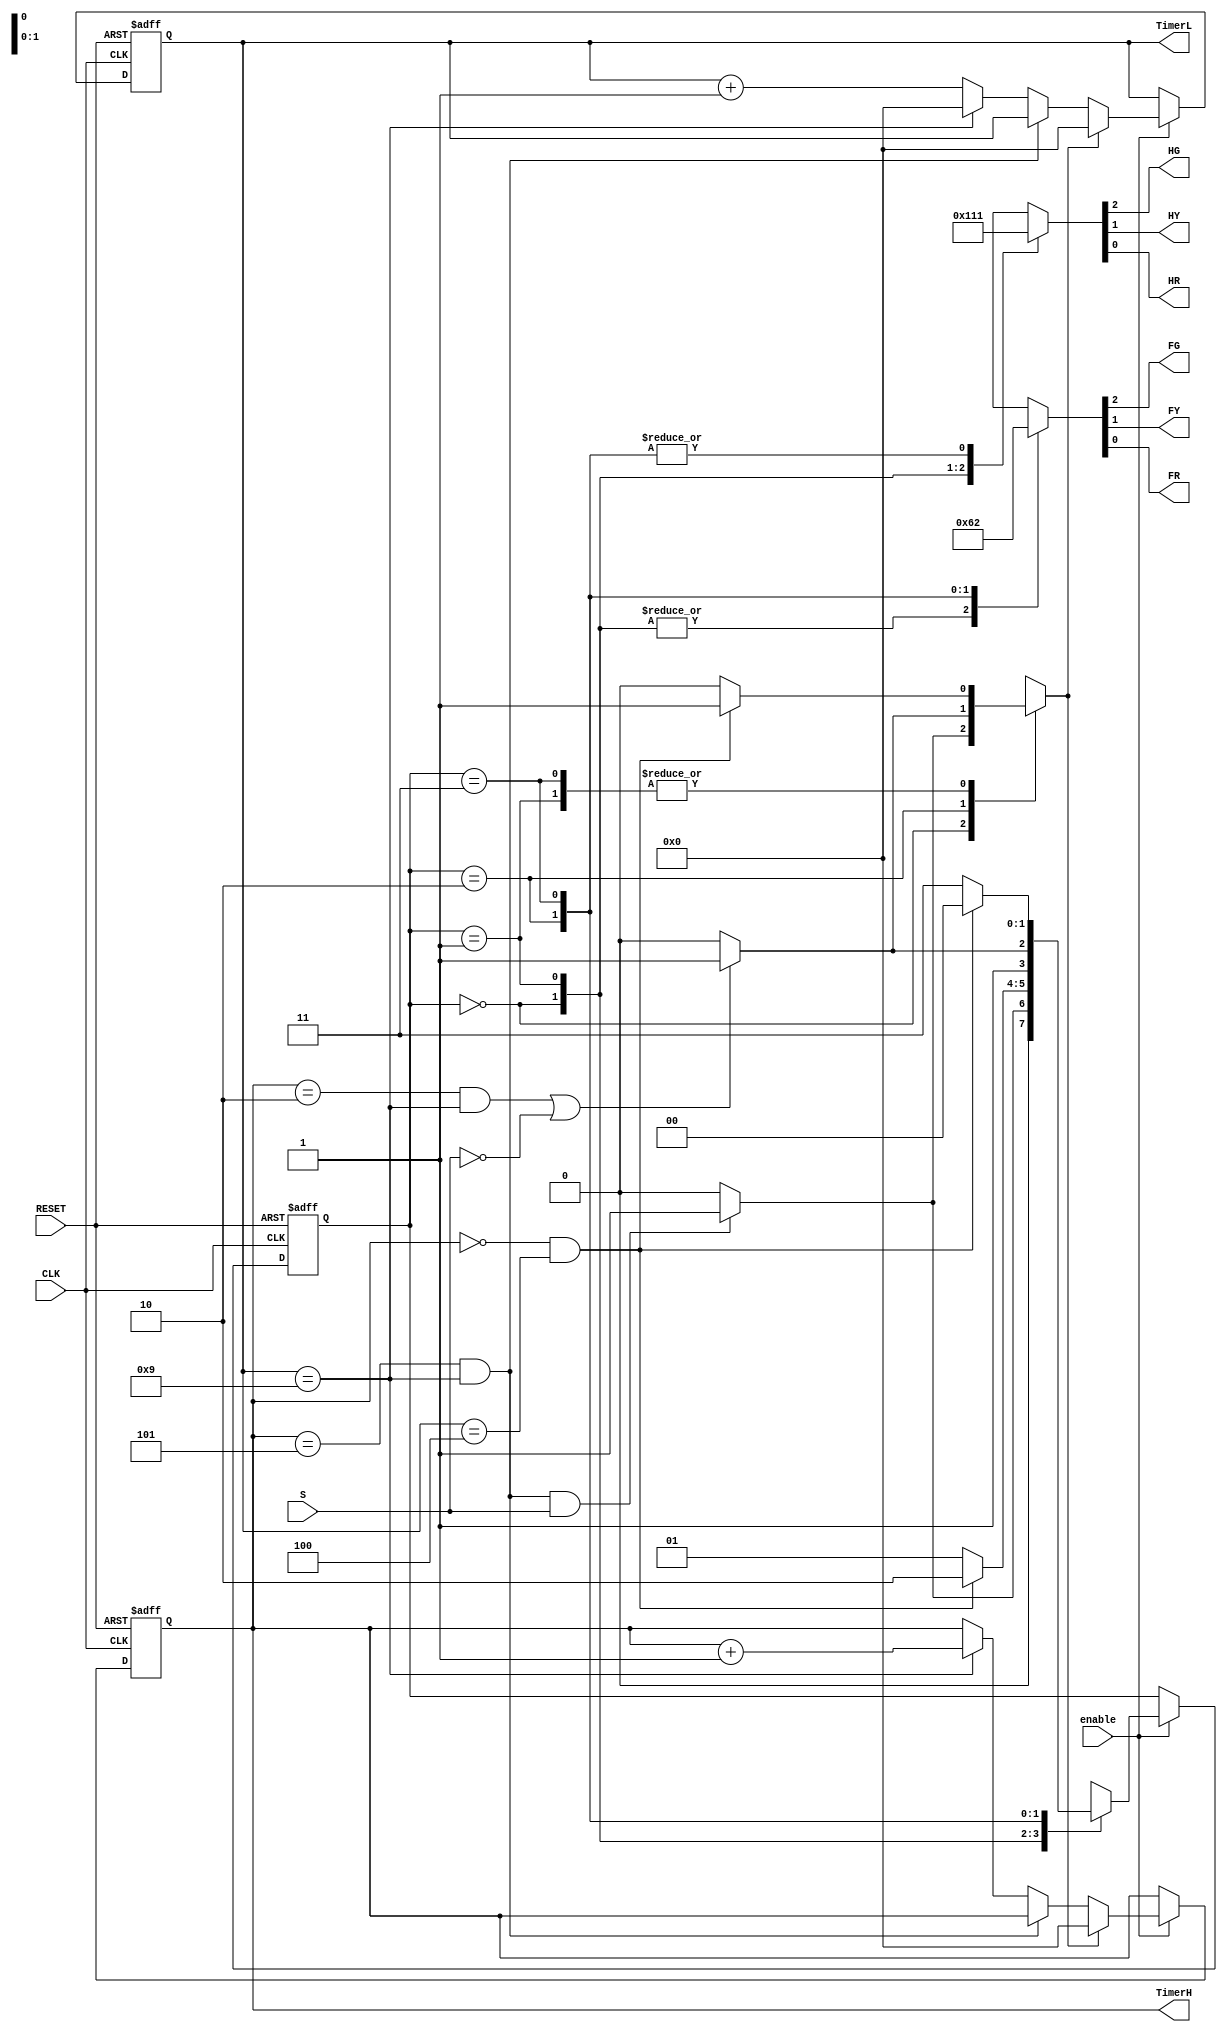
module controller (CLK, S, RESET, enable, HG, HY, HR, FG, FY, FR, TimerH, TimerL);
	input CLK, S, RESET, enable;  //if S=1, indicates that there is car on the country road
	output reg HG, HY, HR, FG, FY, FR; //declared output signals are registers
	output reg [3:0] TimerH, TimerL;

	//Internal state variables
	wire Tl, Ts, Ty; //timer output signals
	reg St;           //state translate signal
	reg [1:0] CurrentState, NextState;//FSM state register
	parameter S0=2'b00, S1=2'b01, S2=2'b10, S3=2'b11;
	
	always @(posedge CLK or negedge RESET )
	begin:counter
		if (~RESET)  
			{TimerH, TimerL} = 8'b0; 
		else if(enable)
		begin
			if (St) 
				{TimerH, TimerL} = 8'b0; 
			else if ((TimerH == 5) & (TimerL == 9))
				{TimerH, TimerL} = {TimerH, TimerL}; 
			else if (TimerL == 9) begin
				TimerH = TimerH + 1;  
				TimerL = 0; 
			end
			else begin 
				TimerH = TimerH; 
				TimerL = TimerL + 1; 
			end
		end
	end  // BCD counter
		
	assign  Ty = (TimerH==0)&(TimerL==4);
	assign  Ts = (TimerH==2)&(TimerL==9);
	assign  Tl = (TimerH==5)&(TimerL==9);

	/* Descrition of the signal controller block*/
	always @(posedge CLK or negedge RESET )
	begin:statereg
		if (~RESET) 	
			CurrentState <= S0;
		else if(enable)
			CurrentState <= NextState;
	end //statereg

	// FSM combinational block
	always @(S or CurrentState or Tl or Ts or Ty )
	begin: fsm
	 	case(CurrentState)
		S0: begin      //S0
				NextState = (Tl && S) ? S1 :S0;
				St = (Tl && S) ? 1:0;
		end
	  	S1: begin
				NextState = (Ty) ? S2 :S1;
				St = (Ty) ? 1:0;
		end
	  	S2: begin
				NextState = (Ts || ~S) ? S3 :S2;
				St = (Ts || ~S) ? 1:0;
		end
	  	S3: begin
				NextState = (Ty) ? S0 :S3;
				St = (Ty) ? 1:0;
		end
		default: begin
				NextState = S0;
				St = 0;
		end
	 	endcase	
	end  //fsm

	/*===== Descrition of the decoder block =====*/
	always @(CurrentState)
	begin
		case (CurrentState)
	  		S0: begin
				{HG, HY, HR} = 3'b100; 
				{FG, FY, FR} = 3'b001; 
			end
			S1: begin
				{HG, HY, HR} = 3'b010; 
				{FG, FY, FR} = 3'b001; 
			end
			S2: begin
				{HG, HY, HR} = 3'b001; 
				{FG, FY, FR} = 3'b100; 
			end
		  S3: begin
				{HG, HY, HR} = 3'b001; 
				{FG, FY, FR} = 3'b010; 
			end
			default: begin
				{HG, HY, HR} = 3'b100; 
				{FG, FY, FR} = 3'b001;
			end 
		endcase
     end
endmodule